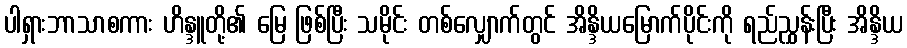
ပါရှားဘာသာစကား ဟိန္ဒူတို့၏ မြေ ဖြစ်ပြီး သမိုင်း တစ်လျှောက်တွင် အိန္ဒိယမြောက်ပိုင်းကို ရည်ညွှန်းပြီး အိန္ဒိယ